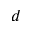
d